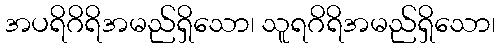
အပရိဂိရိအမည်ရှိသော၊ သူရဂိရိအမည်ရှိသော၊